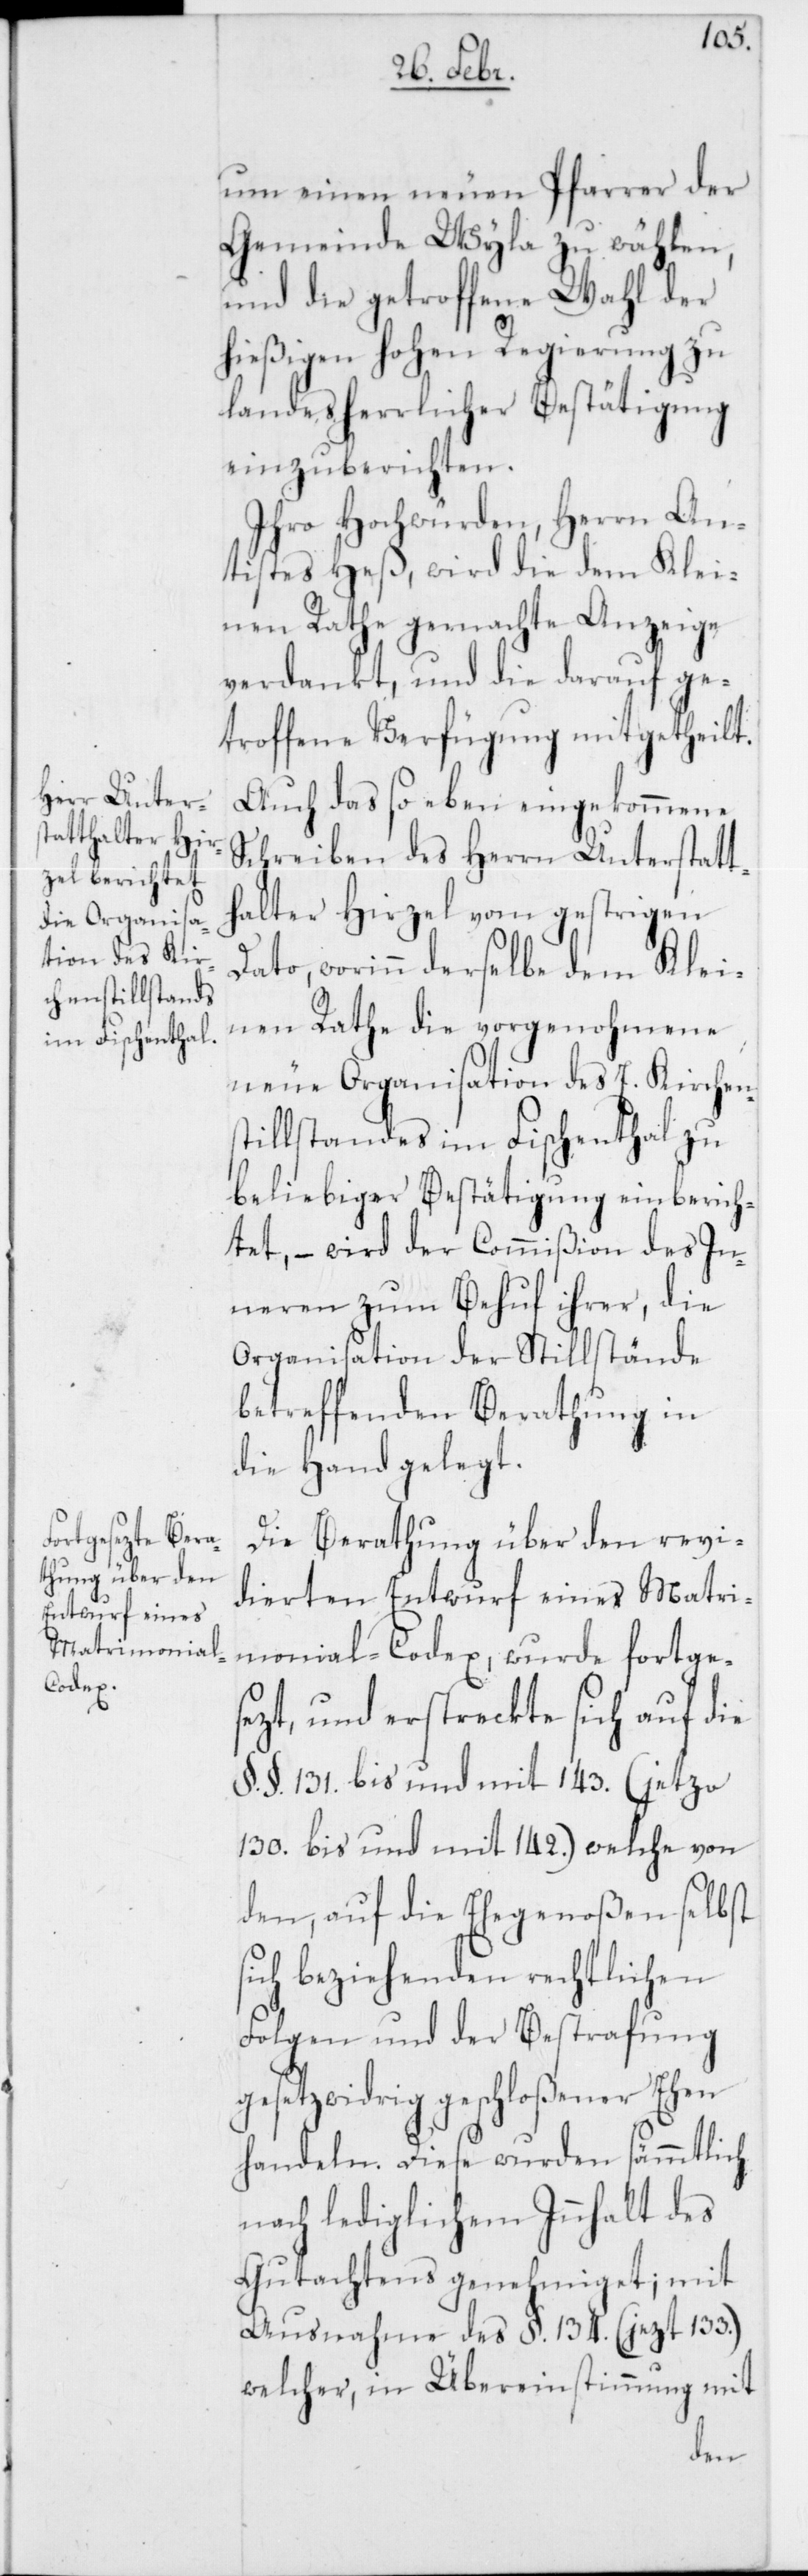
um einen neuen Pfarrer der
Gemeinde Wyla zu wählen,
und die getroffene Wahl der
hießigen hohen Regierung zu
landesherrlicher Bestätigung
einzuberichten.
Ihro Hochwürden, Herrn An¬
tistes Heß, wird die dem Klei¬
nen Rathe gemachte Anzeige
verdankt, und die darauf ge¬
troffene Verfügung mitgetheilt.
Auch das so eben eingekommene
Schreiben des Herrn Unterstatt¬
halter Hirzel vom gestrigen
Dato, worinn derselbe dem Klei¬
nen Rathe die vorgenohmene
neue Organisation des E. Kirchens¬
tillstandes im Fischenthal zu
beliebiger Bestätigung einberich¬
tet, – wird der Commißion des In¬
neren zum Behuf ihrer, die
Organisation der Stillstände
betreffenden Berathung, in
die Hand gelegt.
Die Berathung über den revi¬
dierten Entwurf eines Matri¬
monial-Codex, wurde fortges¬
ezt, und erstreckte sich auf die
§. §. 131 bis und mit 143. (jetzo
130. bis und mit 142.), welche von
den, auf die Ehegenoßen selbst
sich beziehenden rechtlichen
Folgen und der Bestrafung
gesetzwidrig geschloßener Ehen
handeln. Diese wurden sämmtlich
nach lediglichem Innhalt des
Gutachtens genehmiget; mit
Ausnahme des §. 134. (jezt 133.)
welcher, in Übereinstimmung mit